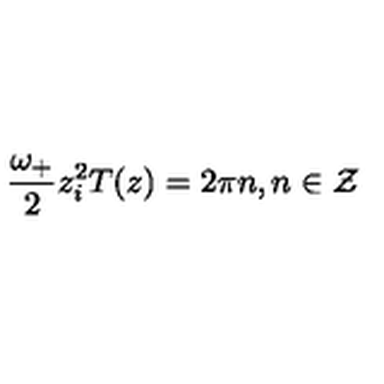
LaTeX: \frac { \omega _ { + } } { 2 } z _ { i } ^ { 2 } T ( z ) = 2 \pi n , n \in { \cal Z }